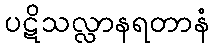
ပဋိသလ္လာနရတာနံ